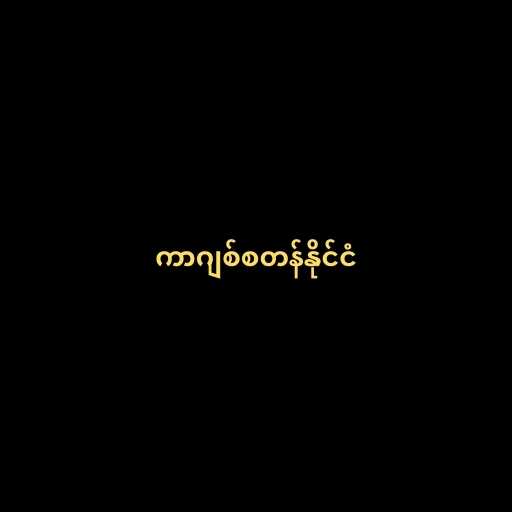
ကာဂျစ်စတန်နိုင်ငံ